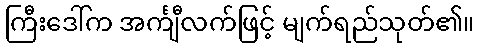
ကြီးဒေါ်က အင်္ကျီလက်ဖြင့် မျက်ရည်သုတ်၏။